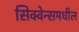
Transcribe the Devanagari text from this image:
सिक्वेन्समधील